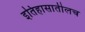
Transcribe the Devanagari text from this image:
इतिहासातीलच